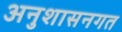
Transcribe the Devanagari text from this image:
अनुशासनगत